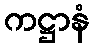
ကဋ္ဌာနံ